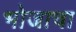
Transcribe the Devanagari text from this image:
भोजाचा